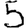
Digit: 5